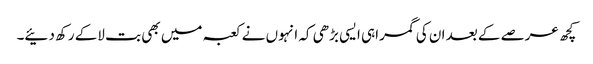
کچھ عرصے کے بعد ان کی گمراہی ایسی بڑھی کہ انہوں نے کعبہ میں بھی بت لاکے رکھ دئیے۔